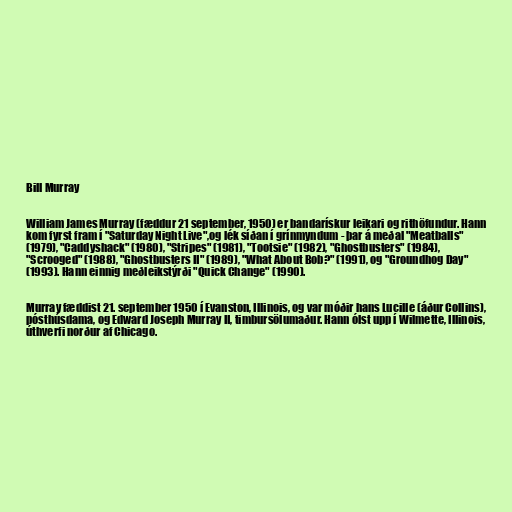
Bill Murray

William James Murray (fæddur 21 september, 1950) er bandarískur leikari og rithöfundur. Hann
kom fyrst fram í "Saturday Night Live",og lék síðan í grínmyndum - þar á meðal "Meatballs"
(1979), "Caddyshack" (1980), "Stripes" (1981), "Tootsie" (1982), "Ghostbusters" (1984),
"Scrooged" (1988), "Ghostbusters II" (1989), "What About Bob?" (1991), og "Groundhog Day"
(1993). Hann einnig meðleikstýrði "Quick Change" (1990).

Murray fæddist 21. september 1950 í Evanston, Illinois, og var móðir hans Lucille (áður Collins),
pósthúsdama, og Edward Joseph Murray II, timbursölumaður. Hann ólst upp í Wilmette, Illinois,
úthverfi norður af Chicago.